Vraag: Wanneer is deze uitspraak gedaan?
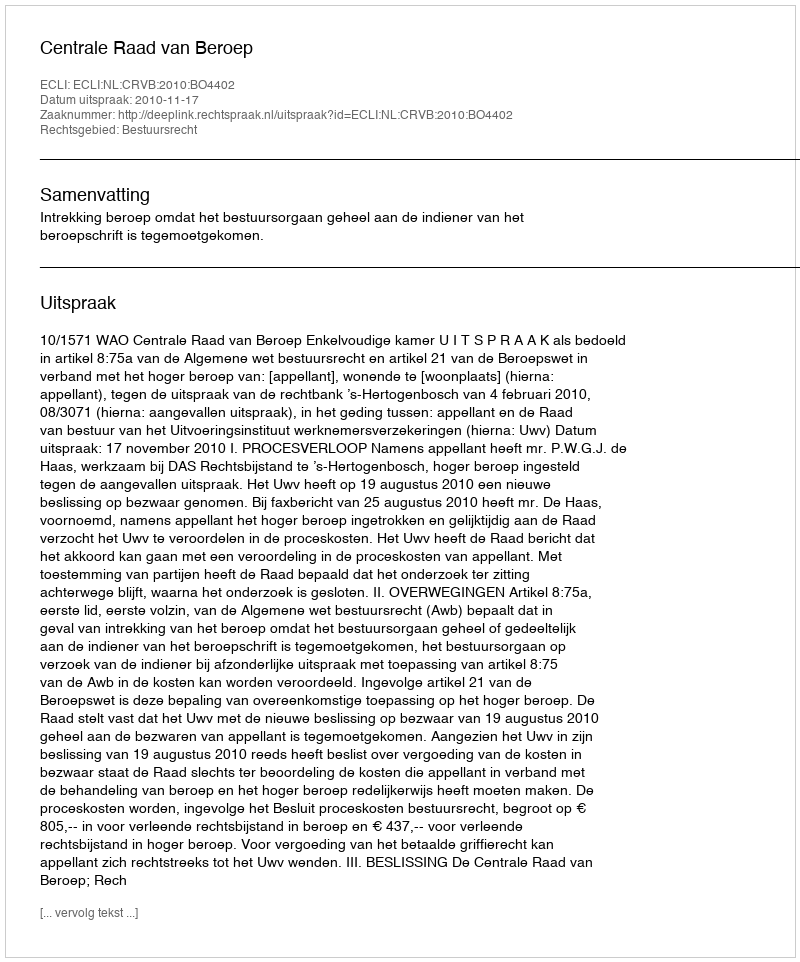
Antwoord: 2010-11-17